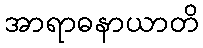
အာရာဓနာယာတိ